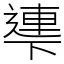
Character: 𠁎